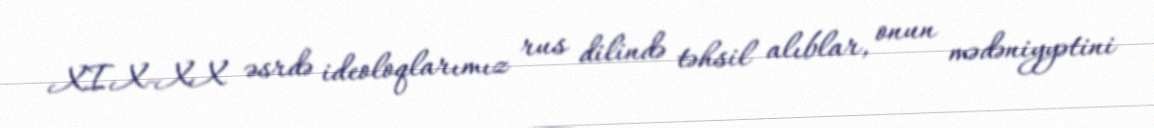
XIX-XX əsrdə ideoloqlarımız rus dilində təhsil alıblar, onun mədəniyyətini